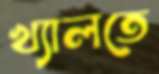
খ্যালতে